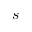
s